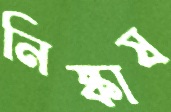
নিষ্কাষ